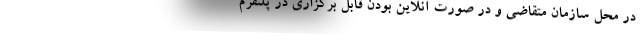
در محل سازمان متقاضی و در صورت آنلاین بودن قابل برگزاری در پلتفرم